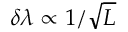
\delta \lambda \propto 1 / \sqrt { L }